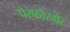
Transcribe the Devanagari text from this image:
पेरफोरमेर